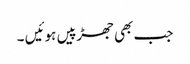
جب بھی جھڑپیں ہوئیں ۔